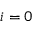
i = 0